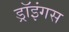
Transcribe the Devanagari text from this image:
ड्रॉइंगस